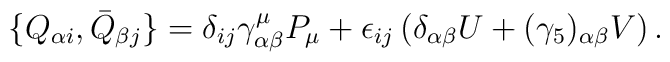
\{Q_{\alpha i}, \bar{Q}_{\beta j}\} =\delta_{ij} \gamma^{\mu}_{\alpha \beta} P_\mu+ \epsilon_{ij} \left(\delta_{\alpha \beta} U +(\gamma_5)_{\alpha \beta} V\right).